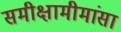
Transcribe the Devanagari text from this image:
समीक्षामीमांसा